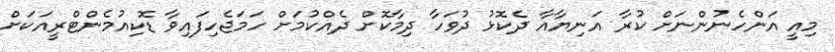
މިއީ އަންހެނުންނަށް ކުރާ އަނިޔާއާ ދެކޮޅު ދުވަހާ ދިމާކޮށް ދެއްކުމަށް ހަމަޖެހިފައިވާ ޑޮކިއުމެންޓްރީއަކަށް